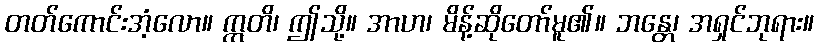
တတ်ကောင်းအံ့လော။ ဣတိ၊ ဤသို့။ အာဟ၊ မိန့်ဆိုတော်မူ၏။ ဘန္တေ၊ အရှင်ဘုရား။